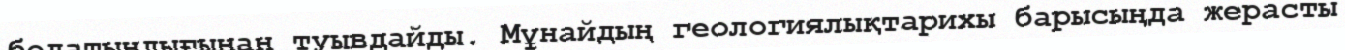
болатындығынан туывдайды. Мұнайдың геологиялықтарихы барысыңда жерасты